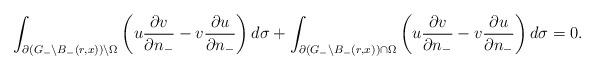
LaTeX: \begin{align*}\int_{\partial (G_{-}\setminus B_{-}(r,x))\setminus\Omega} \left( u \frac{\partial v}{\partial n_{-}} - v \frac{\partial u}{\partial n_{-}} \right) d\sigma + \int_{\partial (G_{-}\setminus B_{-}(r,x))\cap \Omega} \left( u \frac{\partial v}{\partial n_{-}} - v \frac{\partial u}{\partial n_{-}} \right) d\sigma= 0.\end{align*}